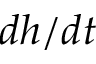
d h / d t